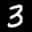
Label: 3